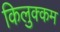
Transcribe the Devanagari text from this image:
किलुक्कम